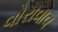
વોરાવાવ